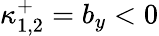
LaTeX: \kappa_{1,2}^{+}=b_{y}<0